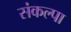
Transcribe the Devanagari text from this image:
संकल्पा